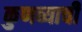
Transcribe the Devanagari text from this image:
कुणब्याची